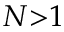
N { > } 1